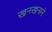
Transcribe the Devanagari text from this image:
खनखनाने